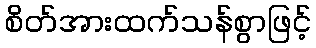
စိတ်အားထက်သန်စွာဖြင့်